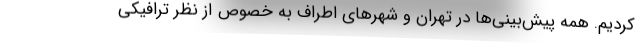
کردیم. همه پیش‌بینی‌ها در تهران و شهرهای اطراف به خصوص از نظر ترافیکی